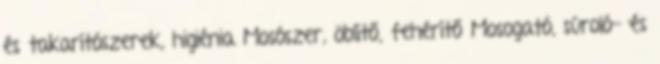
és takarítószerek, higiénia Mosószer, öblítő, fehérítő Mosogató, súroló- és